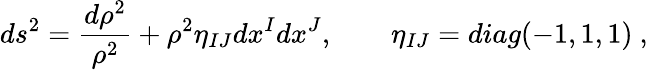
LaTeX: ds^{2}=\frac{d\rho^{2}}{\rho^{2}}+\rho^{2}\eta_{IJ}dx^{I}dx^{J},\qquad\eta_{IJ}=diag(-1,1,1)\ ,